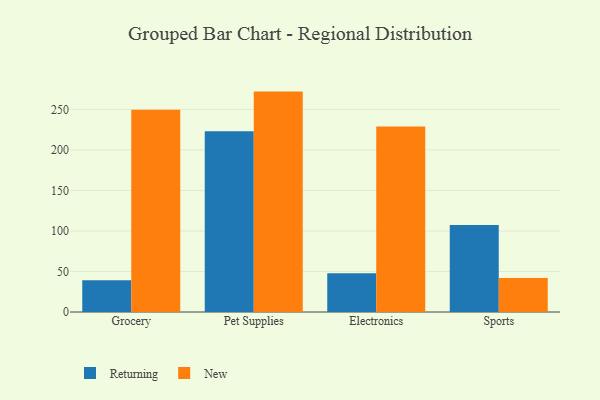
{"axis": {"x": "Category", "y": "Gross Profit (USD K)"}, "legend": ["New", "Returning"], "data": [{"x": "Grocery", "y": 39.1, "type": "Returning"}, {"x": "Grocery", "y": 249.6, "type": "New"}, {"x": "Pet Supplies", "y": 223.2, "type": "Returning"}, {"x": "Pet Supplies", "y": 272.0, "type": "New"}, {"x": "Electronics", "y": 47.8, "type": "Returning"}, {"x": "Electronics", "y": 228.9, "type": "New"}, {"x": "Sports", "y": 107.3, "type": "Returning"}, {"x": "Sports", "y": 42.0, "type": "New"}]}